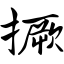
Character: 撅